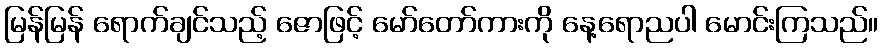
မြန်မြန် ရောက်ချင်သည့် ဇောဖြင့် မော်တော်ကားကို နေ့ရောညပါ မောင်းကြသည်။